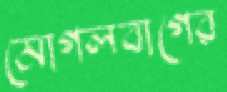
মোগলবাগের